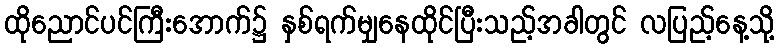
ထိုညောင်ပင်ကြီးအောက်၌ နှစ်ရက်မျှနေထိုင်ပြီးသည့်အခါတွင် လပြည့်နေ့သို့